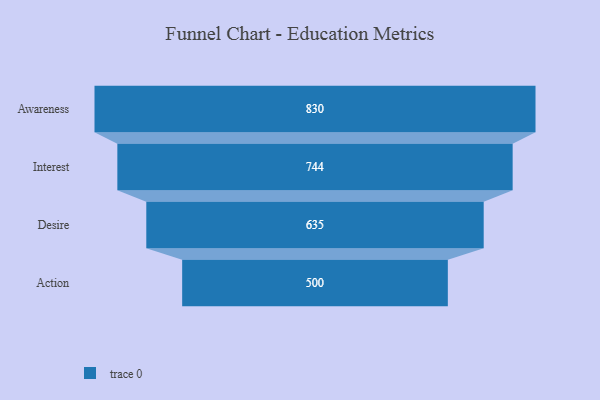
{"axis": {"x": "Stage", "y": "Value"}, "legend": [""], "data": [{"x": "Awareness", "y": 830.0, "type": ""}, {"x": "Interest", "y": 744.0, "type": ""}, {"x": "Desire", "y": 635.0, "type": ""}, {"x": "Action", "y": 500, "type": ""}]}